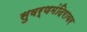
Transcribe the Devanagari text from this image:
सुवर्णमंदिरावर